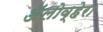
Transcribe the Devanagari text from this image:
ॲलोव्हेरा